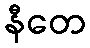
နီတေ